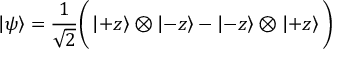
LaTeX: \left| \psi \right\rangle = { \frac { 1 } { \sqrt { 2 } } } { \bigg ( } \left| + z \right\rangle \otimes \left| - z \right\rangle - \left| - z \right\rangle \otimes \left| + z \right\rangle { \bigg ) }